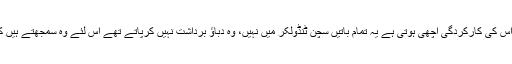
اس کے علاوہ دباؤ کی حالت میں بھی اس کی کارکردگی اچھی ہوتی ہے یہ تمام باتیں سچن ٹنڈولکر میں نہیں، وہ دباؤ برداشت نہیں کرپاتے تھے اس لئے وہ سمجھتے ہیں کہ کوہلی ٹنڈولکر سے بڑا کھلاڑی ہے۔